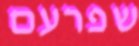
שפרעם